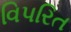
વિપરિત